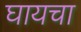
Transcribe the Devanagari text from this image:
घायचा